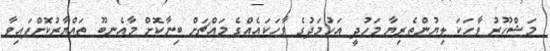
މަޝްހޫރު ވާހަކަ ލިޔުންތެރިޔާ މަހުދީ އަހުމަދުގެ ވާހަކައެއްގެ މައްޗަށް ބިނާކޮށް މާއެނބޫ ތައްޔާރުކޮށްފައިވާ